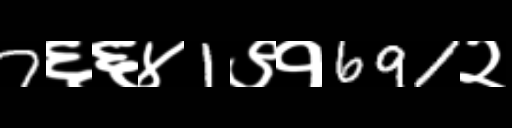
Text: 7६६४1९१691२